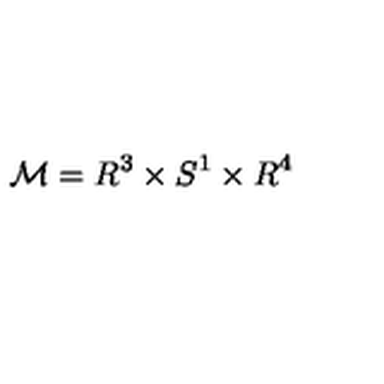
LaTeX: { \cal M } = R ^ { 3 } \times S ^ { 1 } \times R ^ { 4 }